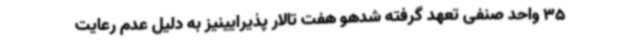
35 واحد صنفی تعهد گرفته شدهو هفت تالار پذیرایینیز به دلیل عدم رعایت